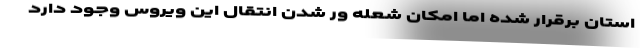
استان برقرار شده اما امکان شعله ور شدن انتقال این ویروس وجود دارد